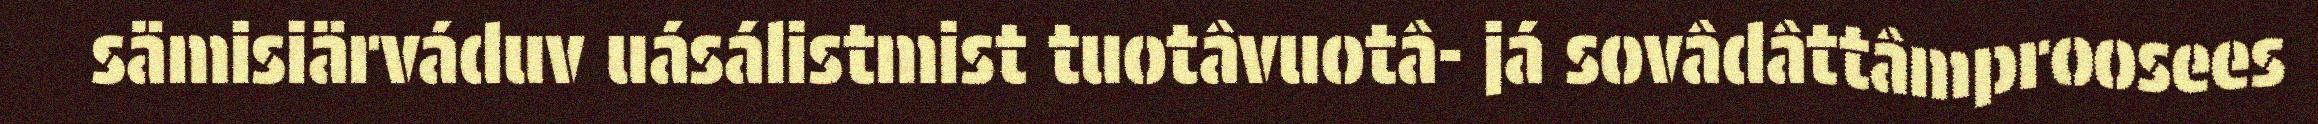
sämisiärváduv uásálistmist tuotâvuotâ- já sovâdâttâmproosees